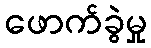
ဖောက်ခွဲမှု